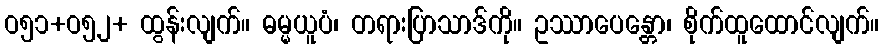
ဝ၅၁+ဝ၅၂+ ထွန်းလျက်။ ဓမ္မယူပံ၊ တရားပြာသာဒ်ကို။ ဥဿာပေန္တော၊ စိုက်ထူထောင်လျက်။